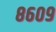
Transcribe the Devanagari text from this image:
८६०९